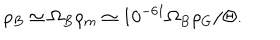
\rho _ { B } \simeq \Omega _ { B } \rho _ { m } \simeq 1 0 ^ { - 6 1 } \Omega _ { B } \rho _ { G } / \Theta .